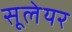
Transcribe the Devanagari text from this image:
सूलेयर